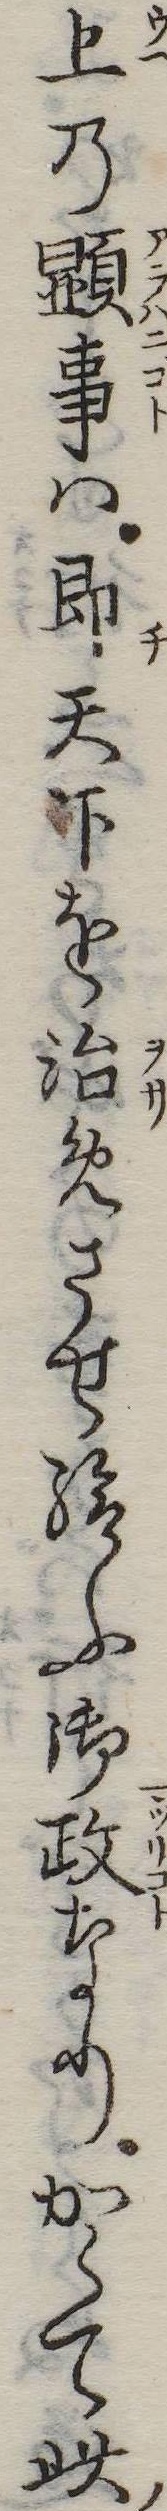
上の顕事は即天下を治めさせ給ふ御政なりかくて此